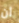
أن